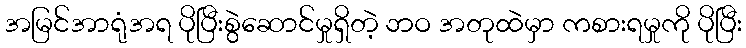
အမြင်အာရုံအရ ပိုပြီးစွဲဆောင်မှုရှိတဲ့ ဘဝ အတုထဲမှာ ကစားရမှုကို ပိုပြီး